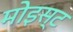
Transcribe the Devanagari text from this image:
मोइस्ट